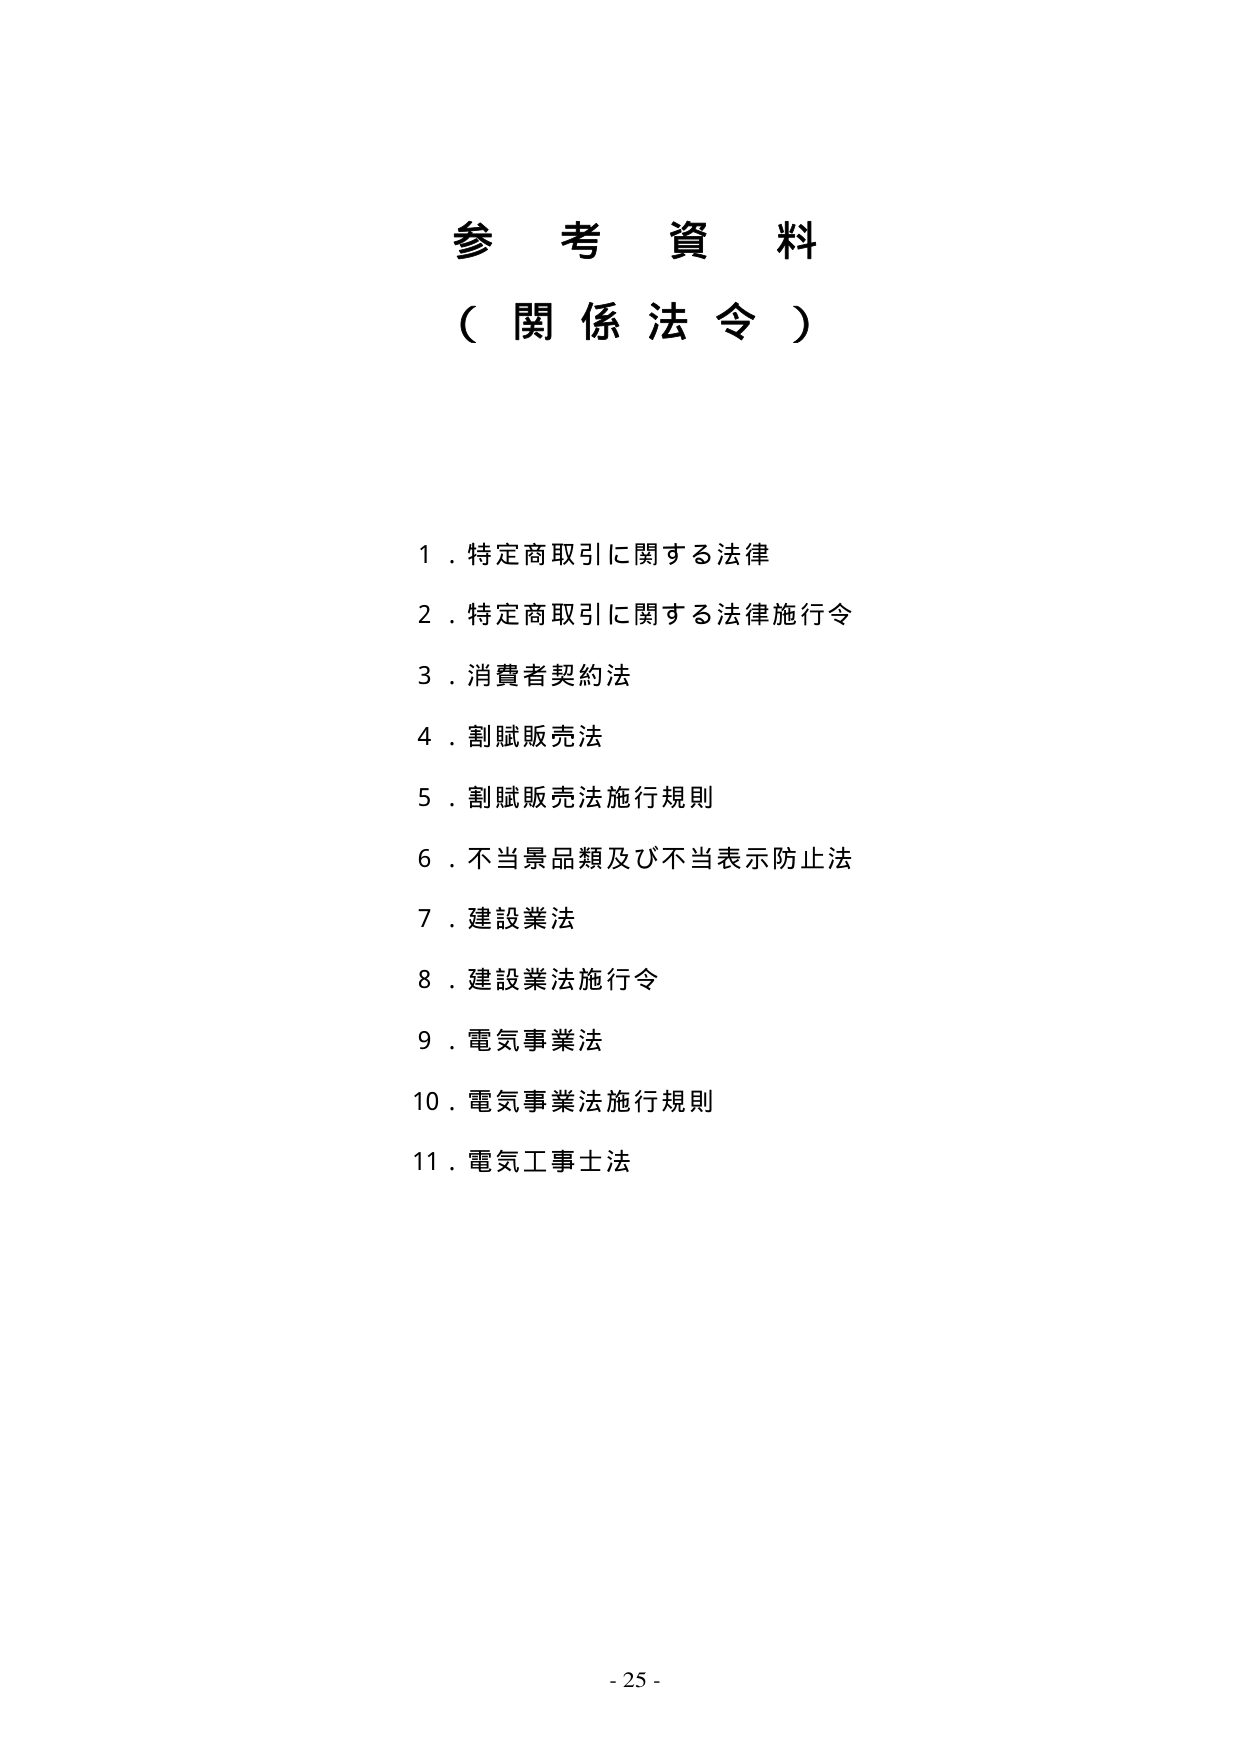
参考資料
（関係法令）

1．特定商取引に関する法律
2．特定商取引に関する法律施行令
3．消費者契約法
4．割賦販売法
5．割賦販売法施行規則
6．不当景品類及び不当表示防止法
7．建設業法
8．建設業法施行令
9．電気事業法
10．電気事業法施行規則
11．電気工事士法

- 25 -